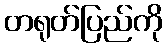
တရုတ်ပြည်ကို